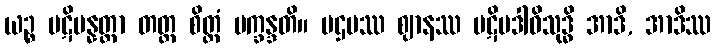
ယဉ္စ ပဋိပန္နတ္တာ တတ္ထ စိတ္တံ ပက္ခန္ဒတိ။ ပဌမဿ ဈာနဿ ပဋိပဒါဝိသုဒ္ဓိ အာဒိ, အာဒိဿ